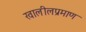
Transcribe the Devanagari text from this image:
खालीलप्रमाण